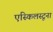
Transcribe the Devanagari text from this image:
एस्किलस्टूना